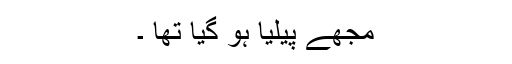
مجھے پیلیا ہو گیا تھا ۔